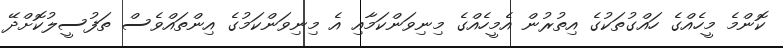
ކޮންމެ މީހެއްގެ ހައްގުތަކުގެ އިތުރުން އެމީހެއްގެ މިނިވަންކަމާއި އެ މިނިވަންކަމުގެ އިންތައްވެސް ތަފުސީލުކޮށްދޭ